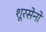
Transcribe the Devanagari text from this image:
शूरसेनो